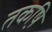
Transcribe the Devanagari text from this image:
तकष़ि